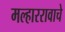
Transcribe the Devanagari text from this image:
मल्हाररावाचे